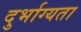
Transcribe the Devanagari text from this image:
दुर्भाग्यता